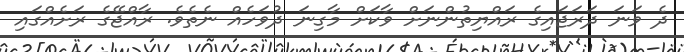
ދެ ވަނަ ދަރަޖައިގެ ރައްޔިތުންނަށް ވާކަށް މާގިނަ ދުވަހެއް ނެތެވެ. ރާއްޖޭގެ ރަށެއްގައި